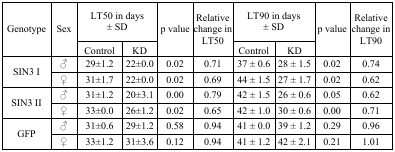
| <ROWSPAN=2> Genotype | <ROWSPAN=2> Sex | <COLSPAN=2> LT50 in days ± SD | <ROWSPAN=2> p value | <ROWSPAN=2> Relative change in LT50 | <COLSPAN=2> LT90 in days ± SD | <ROWSPAN=2> p value | <ROWSPAN=2> Relative change in LT90 |
 | Control | KD | Control | KD |
 | --- | --- | --- | --- | --- | --- | --- | --- | --- | --- |
 | <ROWSPAN=2> SIN3 I | ♂ | 29±1.2 | 22±0.0 | 0.02 | 0.71 | 37 ± 0.6 | 28 ± 1.5 | 0.02 | 0.74 |
 | ♀ | 31±1.7 | 22±0.0 | 0.02 | 0.69 | 44 ± 1.5 | 27 ± 1.7 | 0.02 | 0.62 |
 | <ROWSPAN=2> SIN3 II | ♂ | 31±1.2 | 20±3.1 | 0.00 | 0.79 | 42 ± 1.5 | 26 ± 0.6 | 0.05 | 0.62 |
 | ♀ | 33±0.0 | 26±1.2 | 0.02 | 0.65 | 42 ± 1.0 | 30 ± 0.6 | 0.00 | 0.71 |
 | <ROWSPAN=2> GFP | ♂ | 31±0.6 | 29±1.2 | 0.58 | 0.94 | 41 ± 0.0 | 39 ± 1.2 | 0.29 | 0.96 |
 | ♀ | 33±1.2 | 31±3.6 | 0.12 | 0.94 | 41 ± 1.2 | 42 ± 2.1 | 0.21 | 1.01 |